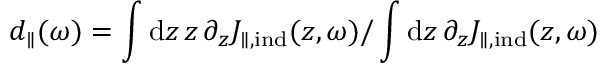
d _ { \parallel } ( \omega ) = \int \mathrm { d } z \, z \, \partial _ { z } J _ { \parallel , \mathrm { i n d } } ( z , \omega ) / \int \mathrm { d } z \, \partial _ { z } J _ { \parallel , \mathrm { i n d } } ( z , \omega )